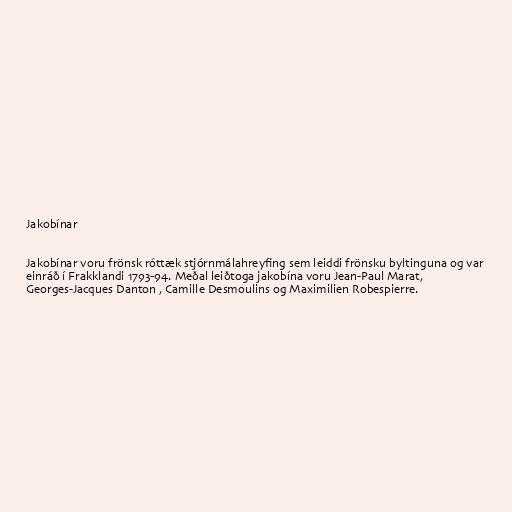
Jakobínar

Jakobínar voru frönsk róttæk stjórnmálahreyfing sem leiddi frönsku byltinguna og var
einráð í Frakklandi 1793-94. Meðal leiðtoga jakobína voru Jean-Paul Marat,
Georges-Jacques Danton , Camille Desmoulins og Maximilien Robespierre.